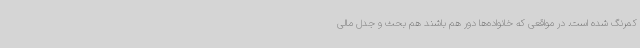
کمرنگ شده است. در مواقعی که خانواده‌ها دور هم باشند هم بحث و جدل مالی